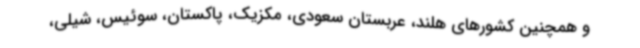
و همچنین کشورهای هلند، عربستان سعودی، مکزیک، پاکستان، سوئیس، شیلی،